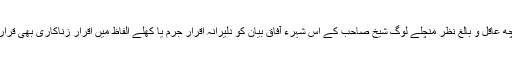
قوم کے کچھ عاقل و بالغ نظر منچلے لوگ شیخ صاحب کے اس شہرء آفاق بیان کو دلیرانہ اقرار جرم یا کھلے الفاظ میں اقرار زناکاری بھی قرار دیتے ہیں۔